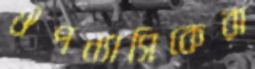
ঔপন্যাসিকেরা